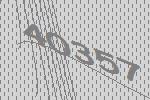
40357